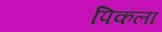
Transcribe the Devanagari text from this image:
पिकला